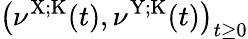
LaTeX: \left(\nu^{\mathrm{X};\mathrm{K}}(t),\nu^{\mathrm{Y};\mathrm{K}}(t)\right)_{t\geq 0}